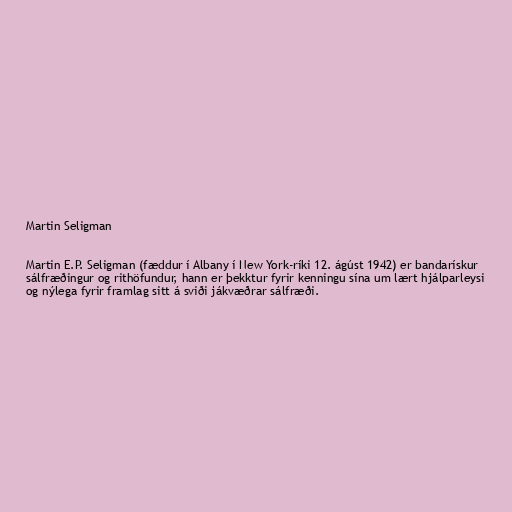
Martin Seligman

Martin E.P. Seligman (fæddur í Albany í New York-ríki 12. ágúst 1942) er bandarískur
sálfræðingur og rithöfundur, hann er þekktur fyrir kenningu sína um lært hjálparleysi
og nýlega fyrir framlag sitt á sviði jákvæðrar sálfræði.